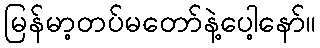
မြန်မာ့တပ်မတော်နဲ့ပေါ့နော်။